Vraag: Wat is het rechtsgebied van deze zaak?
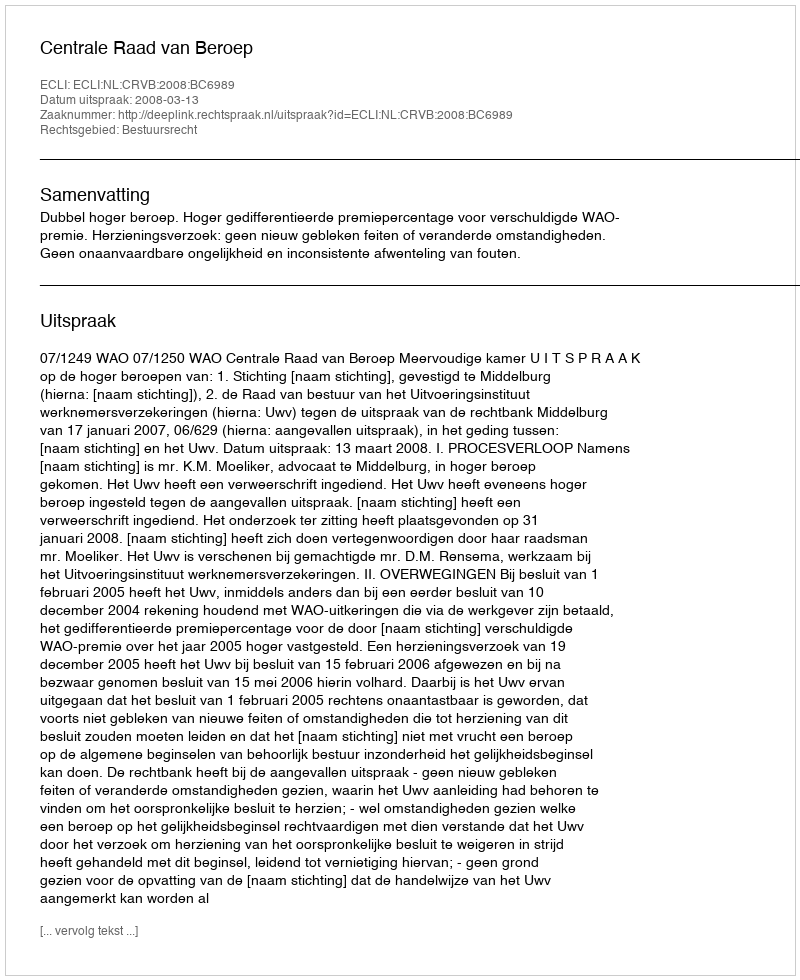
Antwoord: Bestuursrecht